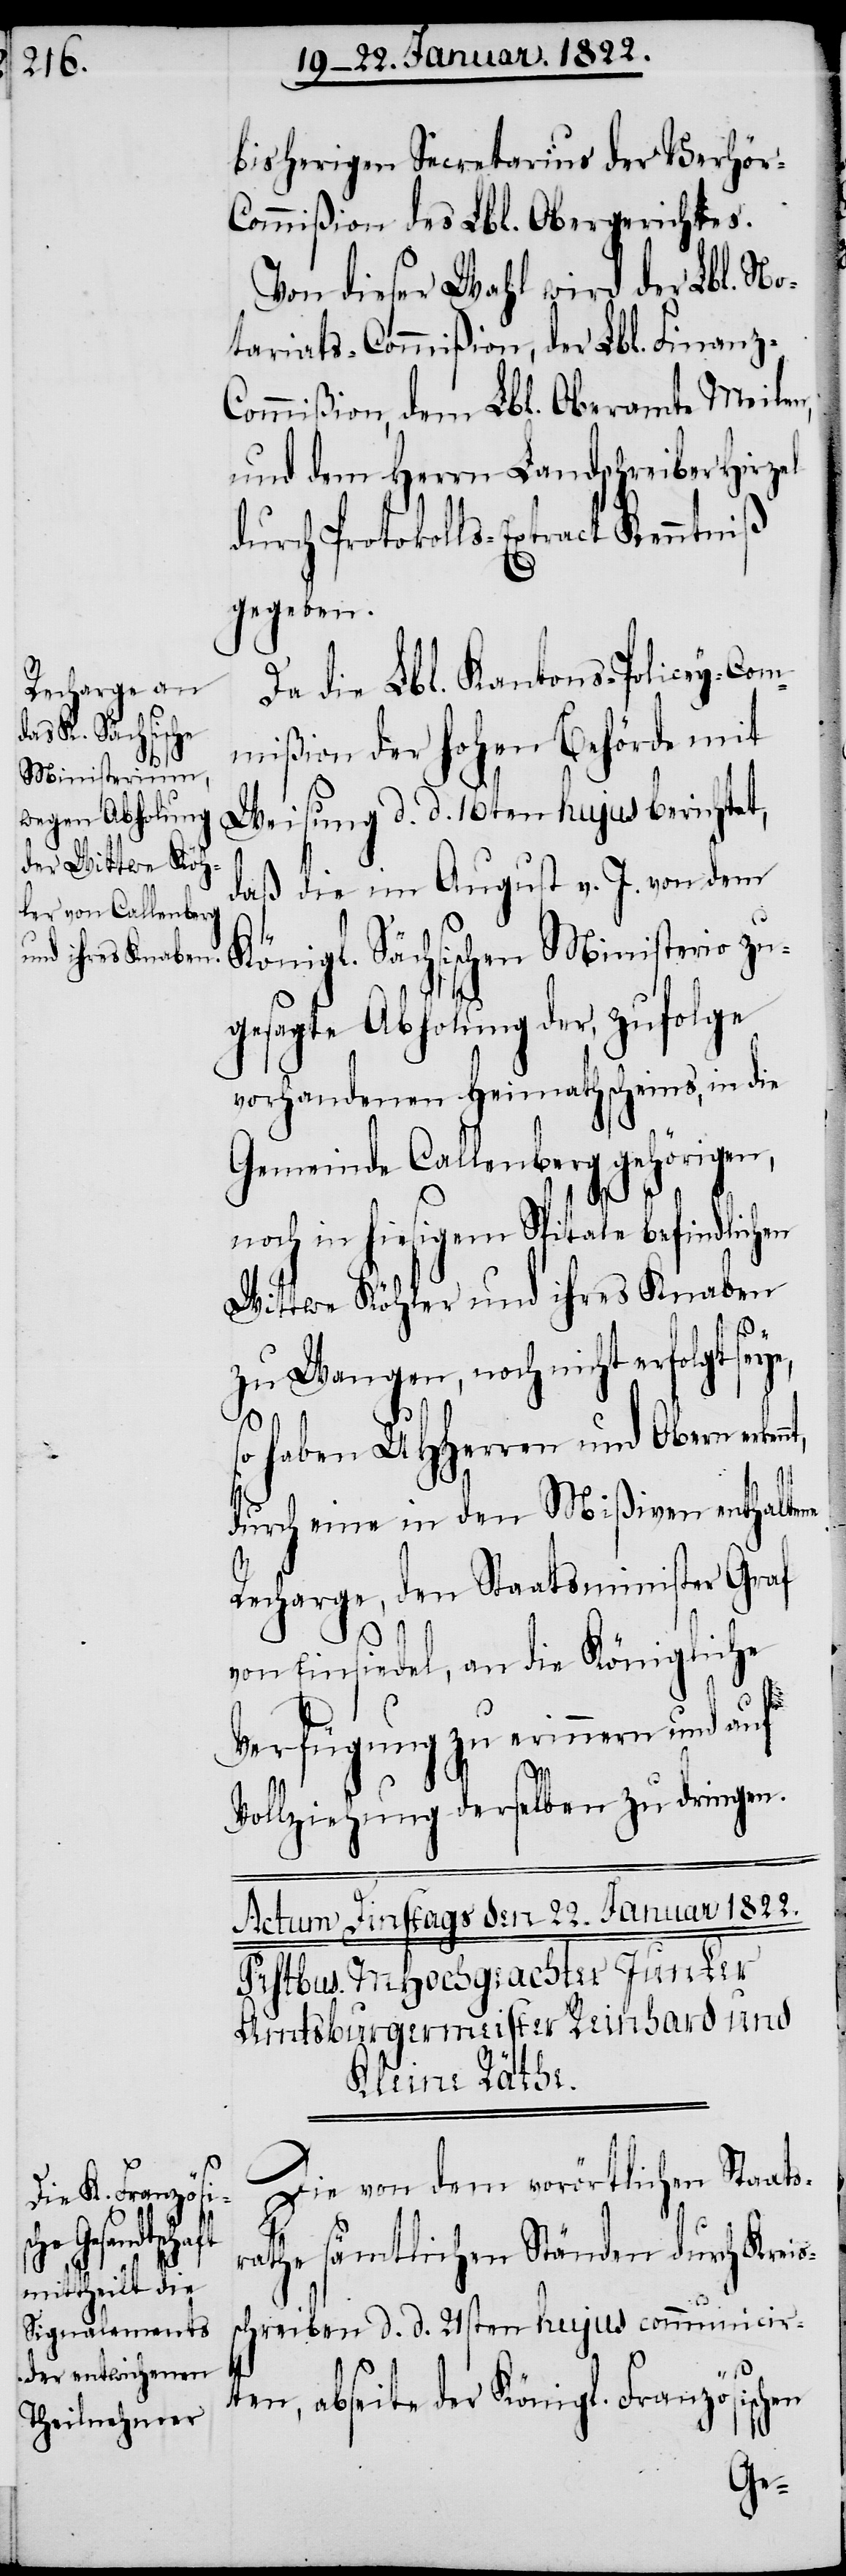
bisherigen Secretarius der Verhör-C¬
ommißion des Lbl. Obergerichtes.
Von dieser Wahl wird der Lbl. No¬
tariats-Commißion, der Lbl. Finanz-C¬
ommißion, dem Lbl. Oberamte Meilen,
und dem Herrn Landschreiber Hirzel
durch Protokolls-Extract Kenntniß
gegeben.
Da die Lbl. Kantons-Policey-Com¬
mißion der hohen Behörde mit
Weisung d. d. 16ten hujus berichtet,
daß die im August v. J. von dem
Königl. Sächsischen Ministerio zu¬
gesagte Abholung der, zufolge
vorhandenen Heimathscheine, in die
Gemeinde Callenberg gehörigen,
noch in hiesigem Spitale befindlichen
Wittwe Köhler und ihres Knaben
zu Wangen, noch nicht erfolgt se¬
so haben UHHerren und Obern
durch eine in den Mißiven enthaltene
Recharge, den Staatsminister Graf
von Einsiedel, an die Königliche
Verfügung zu erinnern und auf
Vollziehung derselben zu dringen.
Die von dem vorörtlichen Staats¬
rathe sämtlichen Ständen durch Kreis¬
schreiben d. d. 21sten hujus communicir¬
ye,
ten, abseite der Königl. Französischen